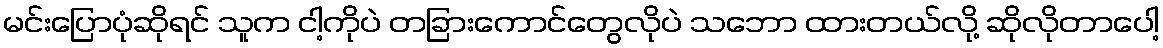
မင်းပြောပုံဆိုရင် သူက ငါ့ကိုပဲ တခြားကောင်တွေလိုပဲ သဘော ထားတယ်လို့ ဆိုလိုတာပေါ့